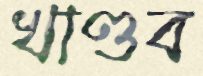
খাণ্ডব